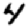
Digit: 4